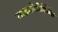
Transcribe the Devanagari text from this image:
माइकोटोक्सिंस